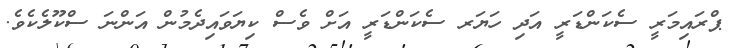
ޕްރައިމަރީ ސެކަންޑަރީ އަދި ހަޔަރ ސެކަންޑަރީ އަށް ވެސް ކިޔަވައިދެމުން އަންނަ ސްކޫލެކެވެ.